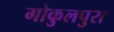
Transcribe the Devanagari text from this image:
गोकुलपुरा